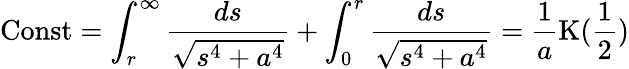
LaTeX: \mathrm{{Const}}=\int_{r}^{\infty}{\frac{ds}{\sqrt{s^{4}+a^{4}}}}+\int_{0}^{r}{\frac{ds}{\sqrt{s^{4}+a^{4}}}}=\frac{1}{a}\mathrm{K}(\frac{1}{2})